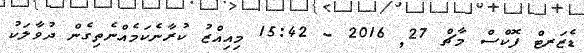
ޑެޒަރޓް ފޮކްސް މާޗް 27